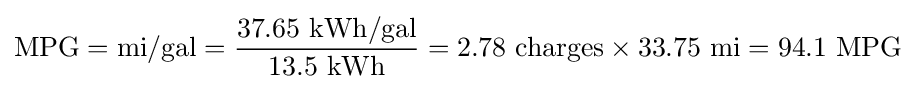
{\text{MPG}}={\text{mi}}/{\text{gal}}={{37.65~{\text{kWh}}/{\text{gal}}} \over 13.5~{\text{kWh}}}=2.78~{\text{charges}}\times 33.75~{\text{mi}}=94.1~{\text{MPG}}